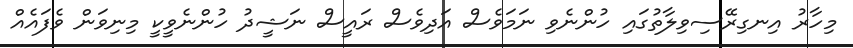
މިހާރު އިނގިރޭސިވިލާތުގައި ހުންނެވި ނަމަވެސް އަދިވެސް ރައީސް ނަޝީދު ހުންނެވީކީ މިނިވަން ވެފައެއް